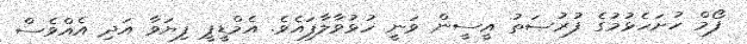
ފޯމް ހުށަހެޅުމުގެ ފުރުޞަތު އީސީން ވަނީ ހުޅުވާލާފައެވެ. އެމްޑީޕީ ފިޔަވާ އަދި އެއްވެސް